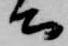
公